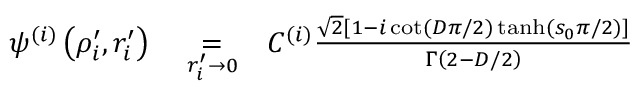
\begin{array} { r l r } { \psi ^ { ( i ) } \left( \rho _ { i } ^ { \prime } , r _ { i } ^ { \prime } \right) } & { { } \underset { r _ { i } ^ { \prime } \to 0 } { = } } & { C ^ { ( i ) } \frac { \sqrt { 2 } \left[ 1 - i \cot \left( D \pi / 2 \right) \operatorname { t a n h } \left( s _ { 0 } \pi / 2 \right) \right] } { \Gamma \left( 2 - D / 2 \right) } } \end{array}